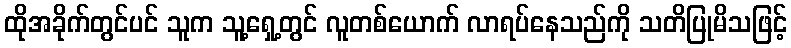
ထိုအခိုက်တွင်ပင် သူက သူ့ရှေ့တွင် လူတစ်ယောက် လာရပ်နေသည်ကို သတိပြုမိသဖြင့်